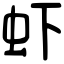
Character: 虾